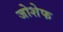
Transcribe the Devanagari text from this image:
जोशेफ